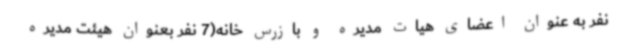
نفر به عنوان اعضای هیات مدیره و بازرس خانه(7 نفر بعنوان هیئت مدیره